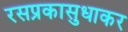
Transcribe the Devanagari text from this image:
रसप्रकासुधाकर